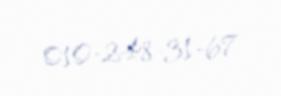
010-248-31-67